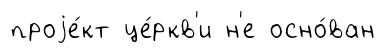
проjе́кт це́ркв'и н'е осно́ван